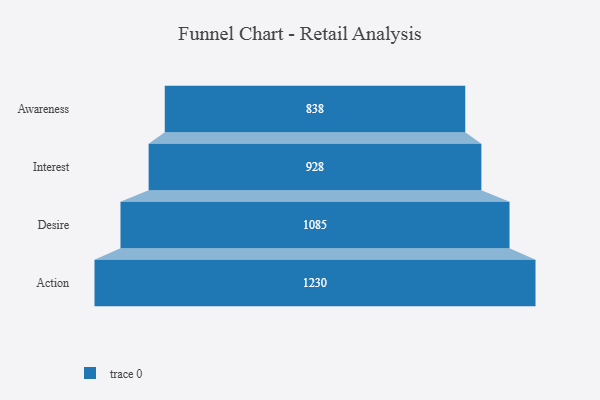
{"axis": {"x": "Stage", "y": "Value"}, "legend": [""], "data": [{"x": "Awareness", "y": 838.0, "type": ""}, {"x": "Interest", "y": 928.0, "type": ""}, {"x": "Desire", "y": 1085.0, "type": ""}, {"x": "Action", "y": 1230.0, "type": ""}]}